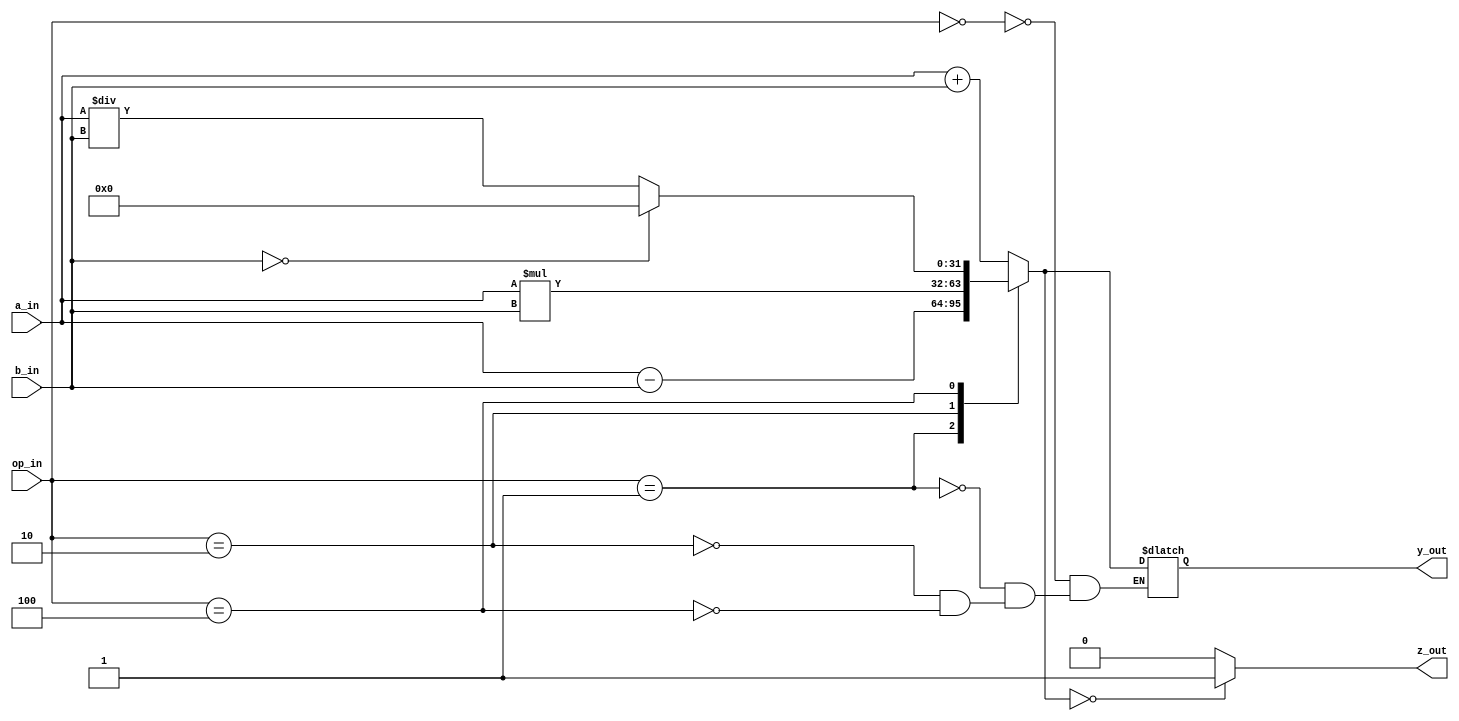
module ALU(
	   input [31:0] a_in,
	   input [31:0] b_in,
	   input [2:0] op_in,
	   output reg [31:0] y_out,
	   output reg z_out
);

always @(a_in or b_in or op_in) begin
	case (op_in)
		3'b000: y_out = a_in + b_in;
		3'b001: y_out = a_in - b_in;
		3'b010: y_out = a_in * b_in;
		3'b100: y_out = (b_in == 0) ? 0 : a_in / b_in;
  	endcase
	z_out = (y_out == 0) ? 1'b1 : 1'b0;
end

endmodule